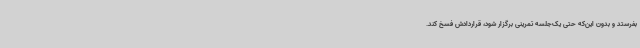
بفرستد و بدون این‌که حتی یک‌جلسه تمرینی برگزار شود، قراردادش فسخ کند.